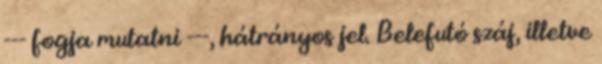
--- fogja mutatni ---, hátrányos jel. Belefutó száj, illetve